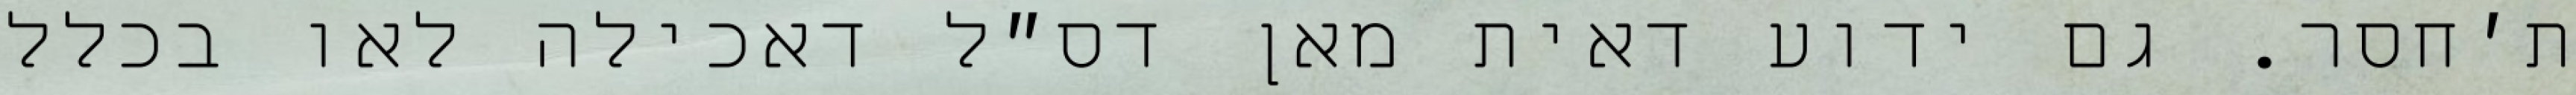
ת׳חסר. גם ידוע דאית מאן דס״ל דאכילה לאו בכלל